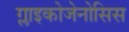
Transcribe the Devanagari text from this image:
ग्लाइकोजेनोसिस